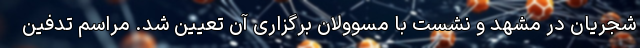
شجریان در مشهد و نشست با مسوولان برگزاری آن تعیین شد. مراسم تدفین